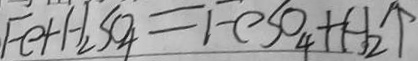
F e + H _ { 2 } S O _ { 4 } = F e S O _ { 4 } + H _ { 2 } \uparrow